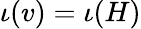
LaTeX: \iota(v)=\iota(H)